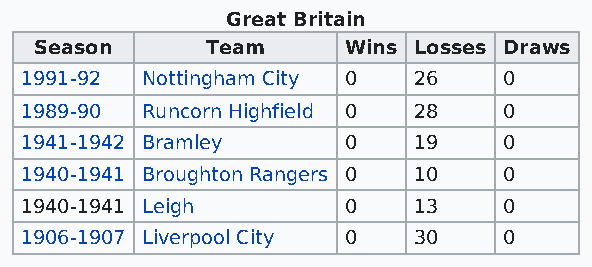
Great Britain
 Season      Team     Wins Losses Draws
 1991-92 Nottingham City 0 26    0
 1989-90 Runcorn Highfield 0 28  0
 1941-1942 Bramley     0   19    0
 1940-1941 Broughton Rangers 0 10 0
 1940-1941 Leigh       0   13    0
 1906-1907 Liverpool City 0 30   0